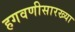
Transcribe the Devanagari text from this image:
हगवणीसारख्या